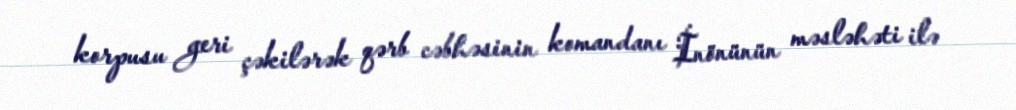
korpusu geri çəkilərək qərb cəbhəsinin komandanı İnönünün məsləhəti ilə